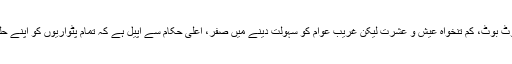
پٹواریوں کی شان و شوکت ، سوٹ بوٹ، کم تنخواہ عیش و عشرت لیکن غریب عوام کو سہولت دینے میں صفر، اعلیٰ حکام سے اپیل ہے کہ تمام پٹواریوں کو اپنے حلقہ میں ڈیوٹی کا پابند کیا جائے۔